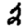
Digit: 2